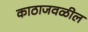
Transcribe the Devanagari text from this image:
काठाजवळील